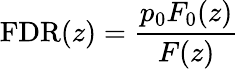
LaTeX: \mathrm{FDR}(z)={\frac{p_{0}F_{0}(z)}{F(z)}}